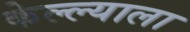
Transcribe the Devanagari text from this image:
केल्ल्याला